system: You are a helpful assistant.
user:
Analyze the provided spectrum to determine if it is a **S-type Star**.

- **Key Indicators for S-type Star:**

    - **(Overall Spectrum Shape):** The first and most obvious characteristic is the overall continuum (the "baseline" shape). It is **extremely "red-sloping,"** meaning the flux (light intensity) is very low on the left side (blue, ~4000-4500 Å) and rises steeply and continuously toward the right side (red, ~7000 Å+).

    - **(Primary):** The spectrum is defined by the presence of strong, broad molecular absorption "valleys" (bands) from **Zirconium Oxide (ZrO)**. The identification of these bands is the **primary requirement** for classifying a star as S-type.
        - **(Key Bandheads):** You must find distinct, deep "dips" where the light has been absorbed. The most critical band systems to locate are:
            - **~6474 Å** ($\gamma$-system): This is often the strongest and clearest ZrO feature, found in the red part of the spectrum.
            - **~5718 Å** & **~5551 Å** ($\beta$-system): A pair of prominent absorption features in the yellow-orange part of the spectrum.
            - **~4640 Å** ($\alpha$-system): A key absorption band system in the blue-green region of the spectrum.

    - **(Secondary Confirmation):** The classification is strengthened by finding additional absorption bands from other related heavy element oxides, which are expected to be present alongside ZrO.
        - **(Key Bandheads):**
            - **Yttrium Oxide (YO):** Look for absorption dips near **~4800 Å** and **~6100 Å**.
            - **Lanthanum Oxide (LaO):** Additional absorption features, particularly in the red-orange part of the spectrum, are also characteristic.

    - **(Line Profile):** The combination of the steep red continuum and these numerous, deep molecular bands (ZrO, YO, etc.) gives the entire spectrum a very **"chopped-up"** or **"bumpy"** appearance. Instead of a smooth curve, the spectrum looks as though large, wide chunks of light have been "carved out" of it at the specific wavelengths listed above.

Think first, call **spectral_visualization_tool** if needed to examine features in detail, then provide your final answer. Your response must adhere to the following strict rules:
1.  **Overall Structure:** Your response must follow the format `<think>...</think> <tool_call>...</tool_call> (if a tool is used) <answer>...</answer>`.
2.  **Tool Usage Constraint:** You may only make **one** tool call per turn.
3.  **Final Answer Format:** In the `<answer>` tag, your conclusion must be inside a `\boxed{}` command (e.g., `\boxed{YES}` or `\boxed{NO}`), followed by your justification.

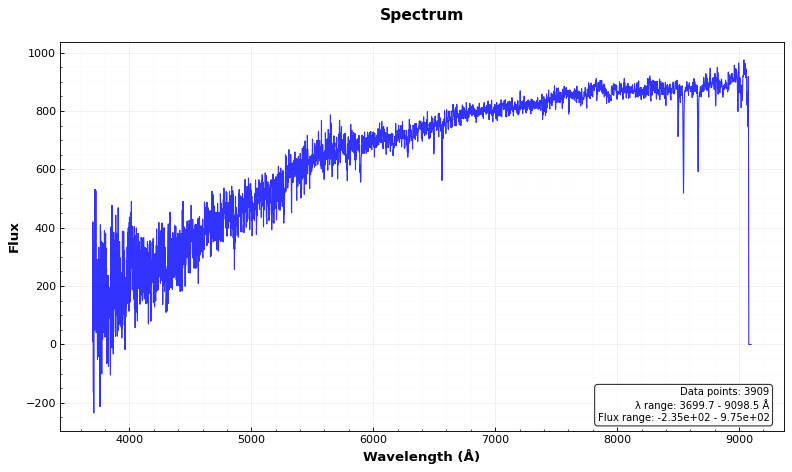
Answer: NO